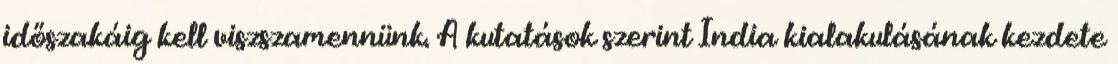
időszakáig kell viszszamennünk. A kutatások szerint India kialakulásának kezdete